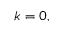
k = 0 ,